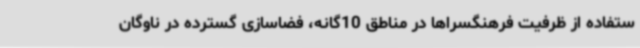
ستفاده از ظرفیت فرهنگسراها در مناطق 10گانه، فضاسازی گسترده در ناوگان